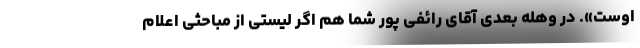
اوست». در وهله بعدی آقای رائفی پور شما هم اگر لیستی از مباحثی اعلام